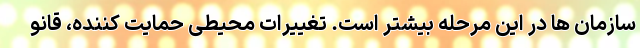
سازمان ها در این مرحله بیشتر است. تغییرات محیطی حمایت کننده، قانو